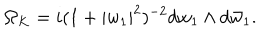
\Omega _ { K } = i ( 1 + | w _ { 1 } | ^ { 2 } ) ^ { - 2 } d w _ { 1 } \wedge d \bar { w } _ { 1 } .